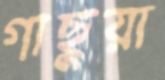
গাছুয়া